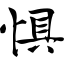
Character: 惧